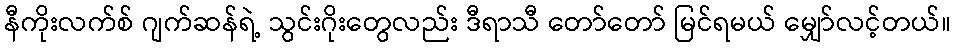
နီကိုးလက်စ် ဂျက်ဆန်ရဲ့ သွင်းဂိုးတွေလည်း ဒီရာသီ တော်တော် မြင်ရမယ် မျှော်လင့်တယ်။